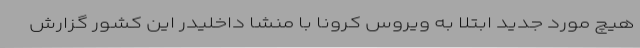
هیچ مورد جدید ابتلا به ویروس کرونا با منشا داخلیدر این کشور گزارش